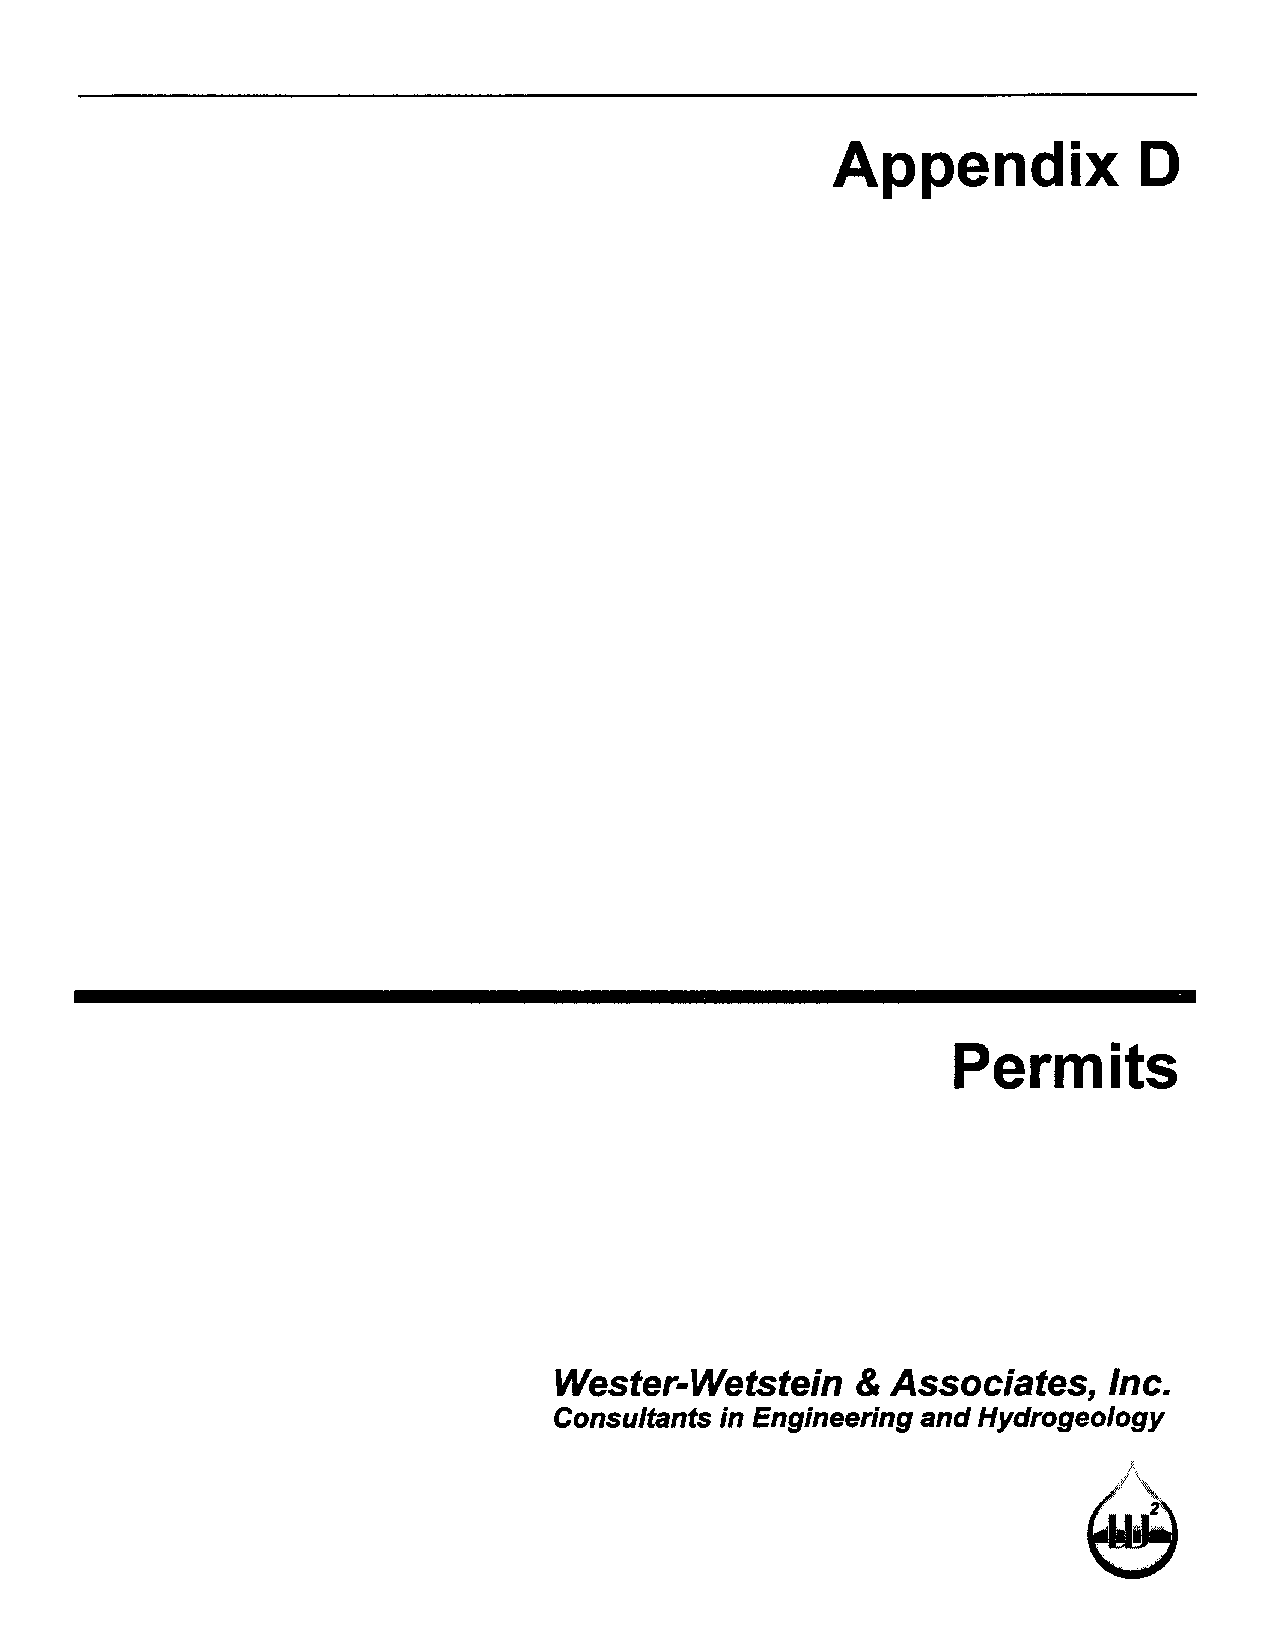
Appendix            D
 Permits
 Wester-Wetstein     & Associates,   Inc.
 Consultants in Engineering and Hydrogeology